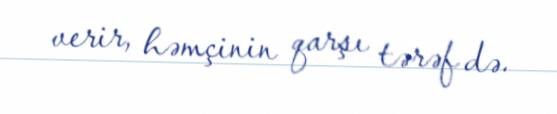
verir, həmçinin qarşı tərəf də.